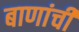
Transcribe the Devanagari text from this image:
बाणांची